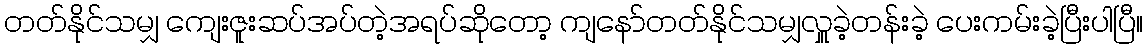
တတ်နိုင်သမျှ ကျေးဇူးဆပ်အပ်တဲ့အရပ်ဆိုတော့ ကျနော်တတ်နိုင်သမျှလှူခဲ့တန်းခဲ့ ပေးကမ်းခဲ့ပြီးပါပြီ။